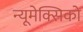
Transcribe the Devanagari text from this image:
न्यूमेक्सिको